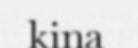
kina